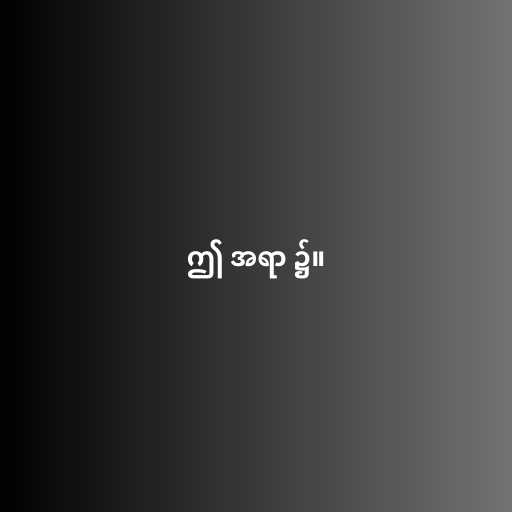
ဤ အရာ ၌။